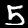
Digit: 5